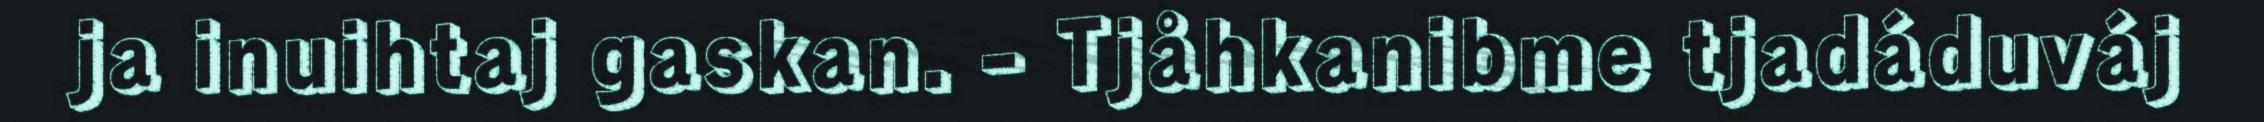
ja inuihtaj gaskan. - Tjåhkanibme tjadáduváj